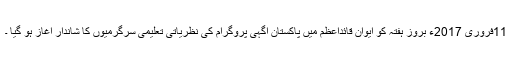
11فروری 2017ء بروز ہفتہ کو ایوان قائداعظمؒ میں پاکستان آگہی پروگرام کی نظریاتی تعلیمی سرگرمیوں کا شاندار آغاز ہو گیا ۔